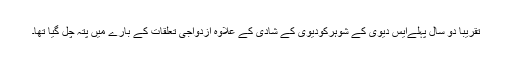
تقریباً دو سال پہلےایس دیوی کے شوہرکودیوی کے شادی کے علاوہ ازدواجی تعلقات کے بارے میں پتہ چل گیا تھا۔